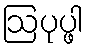
ဩပုပ္ဖါ